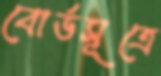
বোর্ডসূত্রে